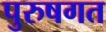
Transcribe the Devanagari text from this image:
पुरुषगत